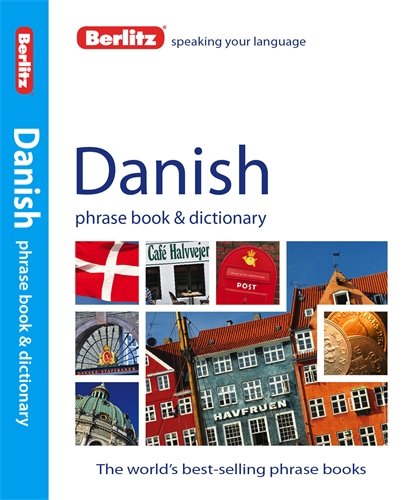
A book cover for Berlitz Danish Phrase Book and Dictionary; Berlitz Publishing; Travel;